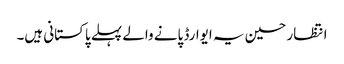
انتظار حسین یہ ایوارڈ پانے والے پہلے پاکستانی ہیں۔